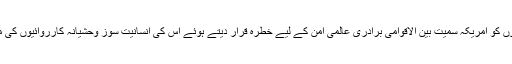
داعش کی سرگرمیوں کو امریکہ سمیت بین الاقوامی برادری عالمی امن کے لیے خطرہ قرار دیتے ہوئے اس کی انسانیت سوز وحشیانہ کارروائیوں کی مذمت کر چکی ہے۔